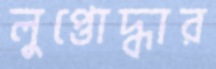
লুপ্তোদ্ধার